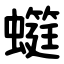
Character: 䗴